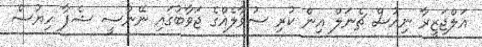
އަލްޖަޒީރާ ނިއުސް ޗެނަލް އިން ކުރި ސުވާލެއްގެ ޖަވާބުގައި ނޭންސީ ޝެޕާ ހިޔުސް